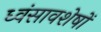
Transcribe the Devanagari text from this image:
ध्‍वंसावशेषों